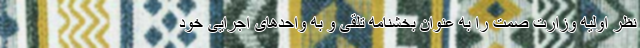
نظر اولیه وزارت صمت را به عنوان بخشنامه تلقی و به واحدهای اجرایی خود